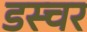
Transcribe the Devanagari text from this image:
डस्चर